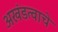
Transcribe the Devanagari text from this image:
अखंडत्वाचे